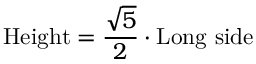
{ \mathrm { H e i g h t } } = { \frac { \sqrt { 5 } } { 2 } } \cdot { \mathrm { L o n g ~ s i d e } }